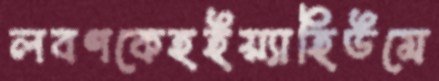
লবণকেহইয়্যাহিউমে